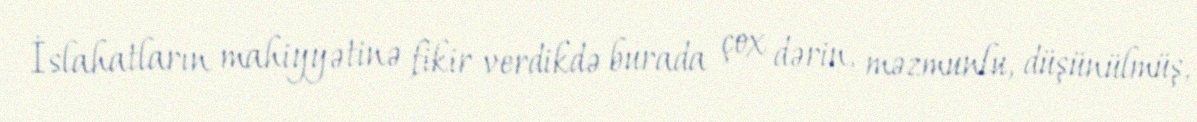
İslahatların mahiyyətinə fikir verdikdə burada çox dərin, məzmunlu, düşünülmüş,